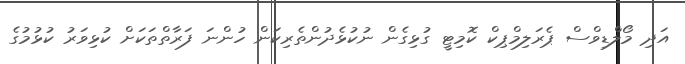
އަދި މޯލްޑިވްސް ޕެރަލިމްޕިކް ކޮމިޓީ ގުޅިގެން ނުކުޅެދުންތެރިކަން ހުންނަ ފަރާތްތަކަށް ކުޅިވަރު ކުޅުމުގެ